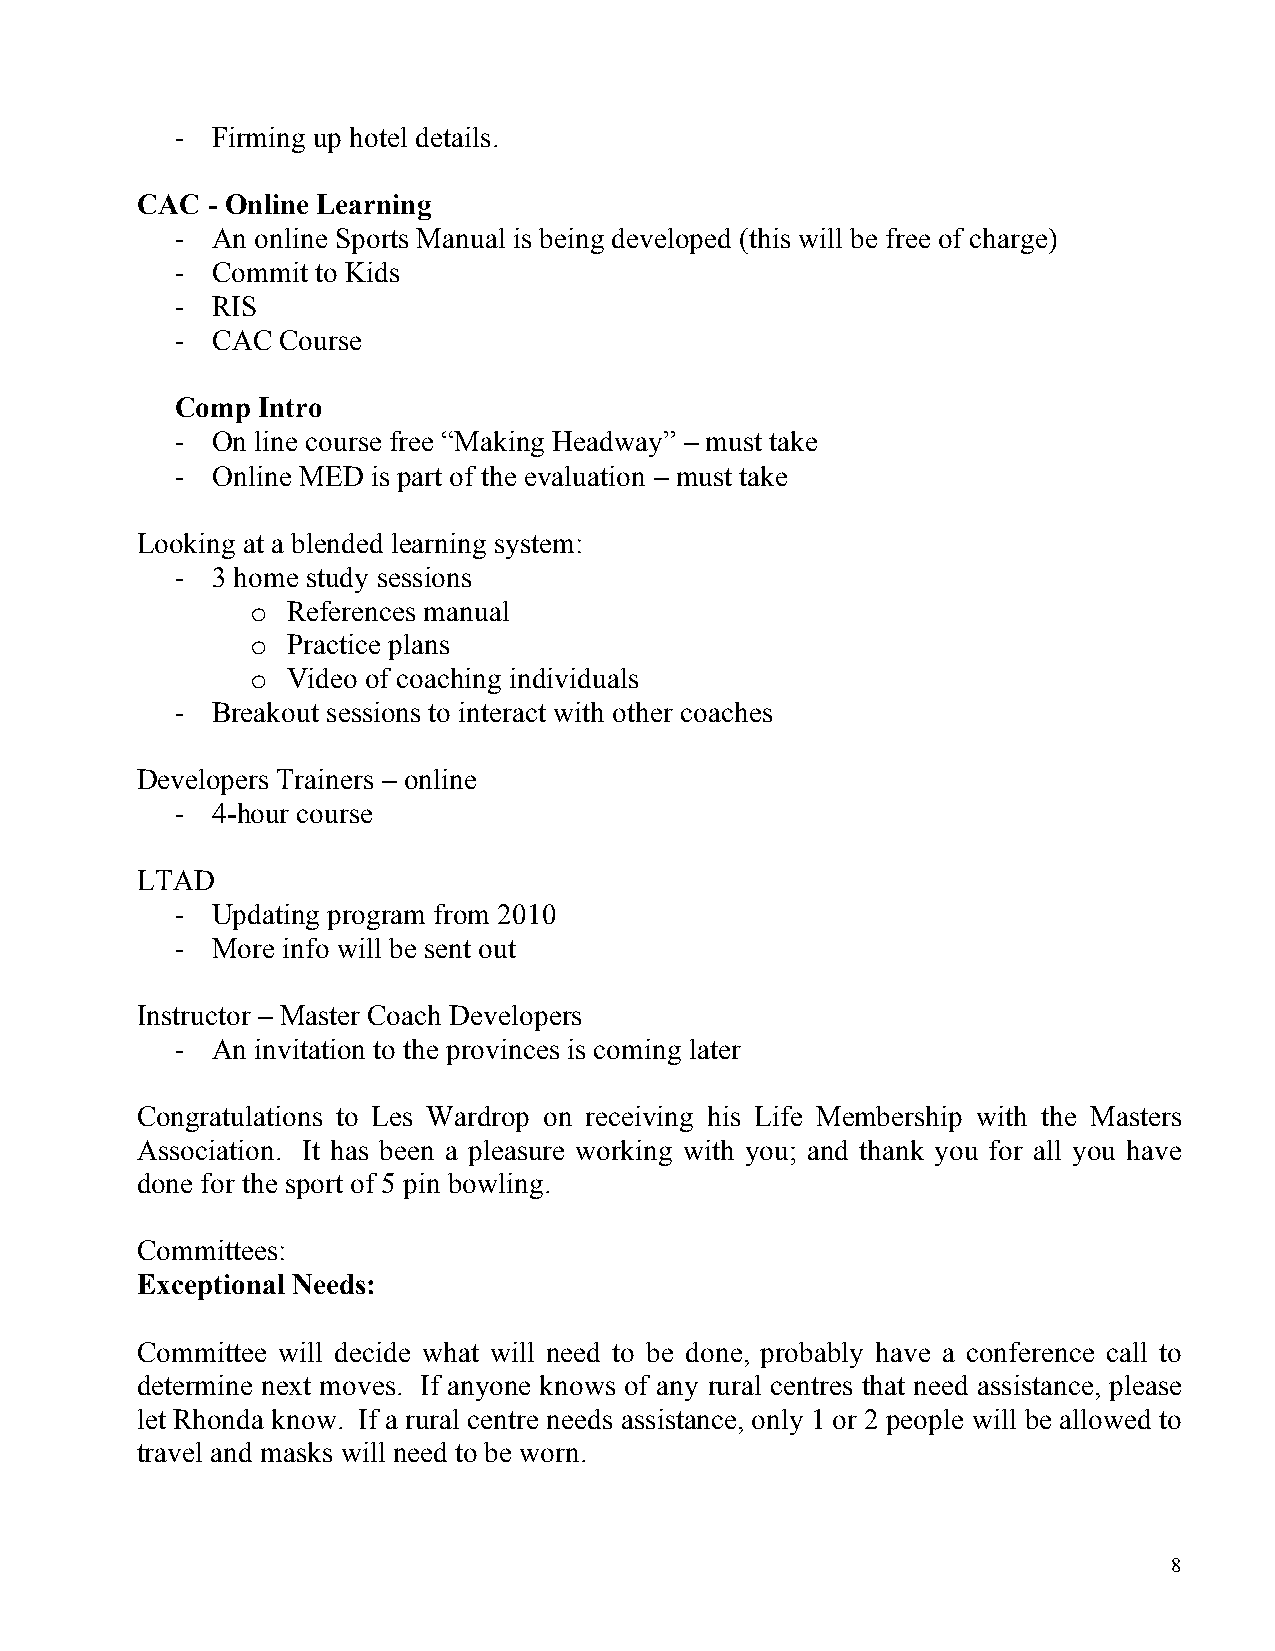
- Firming up hotel details.
 CAC  - Online Learning
 - An online Sports Manual is being developed (this will be free of charge)
 - Commit to Kids
 - RIS
 - CAC  Course
 Comp Intro
 - On line course free “Making Headway” – must take
 - Online MED is part of the evaluation – must take
 Looking at a blended learning system:
 - 3 home study sessions
 o References manual
 o Practice plans
 o Video of coaching individuals
 - Breakout sessions to interact with other coaches
 Developers Trainers – online
 - 4-hour course
 LTAD
 - Updating program from 2010
 - More info will be sent out
 Instructor – Master Coach Developers
 - An invitation to the provinces is coming later
 Congratulations to Les Wardrop on receiving his Life Membership with the Masters
 Association. It has been a pleasure working with you; and thank you for all you have
 done for the sport of 5 pin bowling.
 Committees:
 Exceptional Needs:
 Committee will decide what will need to be done, probably have a conference call to
 determine next moves. If anyone knows of any rural centres that need assistance, please
 let Rhonda know. If a rural centre needs assistance, only 1 or 2 people will be allowed to
 travel and masks will need to be worn.
 8